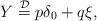
LaTeX: \begin{align*} Y\stackrel{\mathcal{D}}{=}p\delta_0+q\xi,\end{align*}